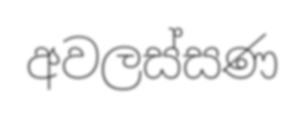
අවලස්සණ